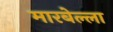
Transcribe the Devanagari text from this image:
मारबेल्ला